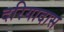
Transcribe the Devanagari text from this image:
दरियादास